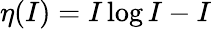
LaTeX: \eta(I)=I\log I-I